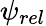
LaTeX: \psi_{rel}